Calcutta medical institutions reports 1892-1900
Year: 1892
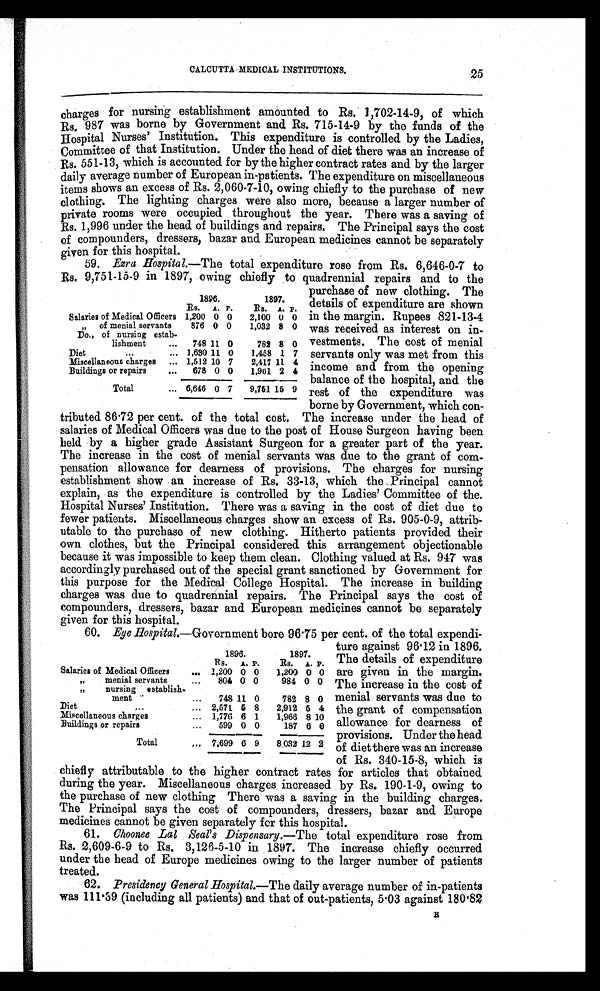
CALCUTTA MEDICAL INSTITUTIONS.
charges for nursing establishment amounted to Rs. 1,702-14-9, of which
Rs. 987 was borne by Government and Rs. 715-14-9 by the funds of the
Hospital Nurses' Institution. This expenditure is controlled by the Ladies,
Committee of that Institution. Under the head of diet there was an increase of
Rs. 551-13, which is accounted for by the higher contract rates and by the larger
daily average number of European in-patients. The expenditure on miscellaneous
items shows an excess of Rs. 2,060-7-10, owing chiefly to the purchase of new
clothing. The lighting charges were also more, because a larger number of
private rooms were occupied throughout the year. There was a saving of
Rs. 1,996 under the head of buildings and repairs. The Principal says the cost
of compounders, dressers, bazar and European medicines cannot be separately
given for this hospital.
59. Ezra Hospital.—The total expenditure rose from Rs. 6,646-0-7 to
Rs. 9,751-15-9 in 1897, owing chiefly to quadrennial repairs and to the
25
1896.
1897.
Rs. A. P.
Rs.
A. P.
Salaries of Medical Officers 1,200 0 0
2,100 0 0
„ of menial servants
876 0 0
1,032 8 0
Do., of nursing estab-
lishment
...
748 11 0
782 8 0
Diet
...
... 1,630 11 0
1,458 1 7
Miscellaneous charges
... 1,512 10 7
2,417 11 4
Buildings or repairs
...
678 0 0
1,961 2 4
Total
... 6,646 0 7
9,751 15 9
purchase of new clothing. The
details of expenditure are shown
in the margin. Rupees 821-13-4
was received as interest on in-
vestments. The cost of menial
servants only was met from this
income and from the opening
balance of the hospital, and the
rest of the expenditure was
borne by Government, which con-
tributed 86.72 per cent. of the total cost. The increase under the head of
salaries of Medical Officers was due to the post of House Surgeon having been
held by a higher grade Assistant Surgeon for a greater part of the year.
The increase in the cost of menial servants was due to the grant of com-
pensation allowance for dearness of provisions. The charges for nursing
establishment show an increase of Rs. 33-13, which the Principal cannot
explain, as the expenditure is controlled by the Ladies' Committee of the
Hospital Nurses' Institution. There was a saving in the cost of diet due to
fewer patients. Miscellaneous charges show an excess of Rs. 905-0-9, attrib-
utable to the purchase of new clothing. Hitherto patients provided their
own clothes, but the Principal considered this arrangement objectionable
because it was impossible to keep them clean. Clothing valued at Rs. 947 was
accordingly purchased out of the special grant sanctioned by Government for
this purpose for the Medical College Hospital. The increase in building
charges was due to quadrennial repairs. The Principal says the cost of
compounders, dressers, bazar and European medicines cannot be separately
given for this hospital.
60. Eye Hospital.—Government bore 96 .75 per cent. of the total expendi-
1896.
1897.
Rs. A. P.
Rs. A. P.
Salaries of Medical Officers
... 1,200 0 0
1,200 0 0
„ menial servants
...
804 0 0
984 0 0
,, nursing establish-
ment
...
748 11 0
782 8 0
Diet
. . .
... 2,571 6 8
2,912 5 4
Miscellaneous charges
... 1,776 6 1
1,966 8 10
Buildings or repairs
...
599 0 0
187 6 0
Total
. . . 7,699 6 9
8,032 12 2
ture against 96.12 in 1896.
The details of expenditure
are given in the margin.
The increase in the cost of
menial servants was due to
the grant of compensation
allowance for dearness of
provisions. Under the head
of diet there was an increase
of Rs. 340-15-8, which is
chiefly attributable to the higher contract rates for articles that obtained
during the year. Miscellaneous charges increased by Rs. 190-1-9, owing to
the purchase of new clothing There was a saving in the building charges.
The Principal says the cost of compounders, dressers, bazar and Europe
medicines cannot be given separately for this hospital.
61. Choonee Lal Seal's Dispensary. —The total expenditure rose from
Rs. 2,609-6-9 to Rs. 3,126-5-10 in 1897. The increase chiefly occurred
under the head of Europe medicines owing to the larger number of patients
treated.
62. Presidency General Hospital. —The daily average number of in-patients
was 111.39 (including all patients) and that of out-patients, 5.03 against 180.82
E